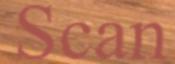
Scan